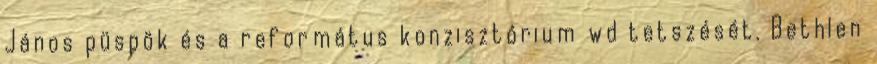
János püspök és a református konzisztórium wd tetszését. Bethlen